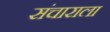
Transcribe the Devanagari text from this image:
संचाराला